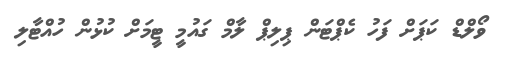
ވޯލްޑް ކަޕަށް ފަހު ކެޕްޓަން ޕިލިޕް ލާމް ގައުމީ ޓީމަށް ކުޅުން ހުއްޓާލި